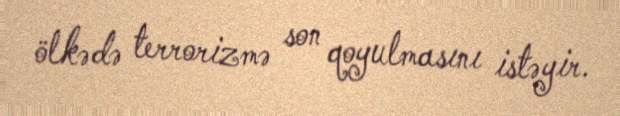
ölkədə terrorizmə son qoyulmasını istəyir.